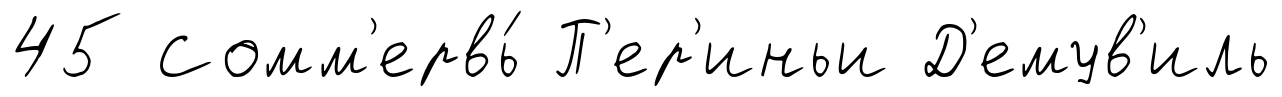
45 Сомм'ервь́ П'ер'иньи Д'емув'иль